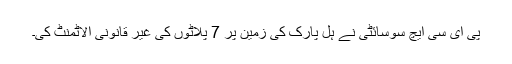
پی ای سی ایچ سوسائٹی نے ہل پارک کی زمین پر 7 پلاٹوں کی غیر قانونی الاٹمنٹ کی۔